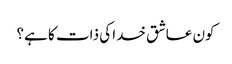
کون عاشق خدا کی ذات کا ہے؟